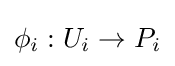
\phi _{i}:U_{i}\to P_{i}